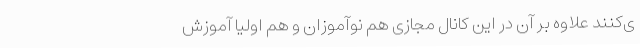
ی‌کنند علاوه بر آن در این کانال مجازی هم نوآموزان و هم اولیا آموزش